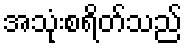
အသုံးစရိတ်သည်